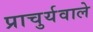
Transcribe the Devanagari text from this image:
प्राचुर्यवाले